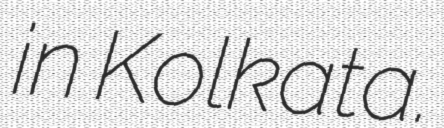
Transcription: in Kolkata.